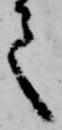
て